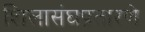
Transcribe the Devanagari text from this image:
शिलासंघप्रतारणे